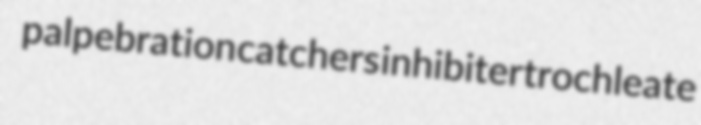
palpebration catchers inhibiter trochleate